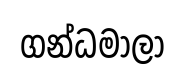
ගන්ධමාලා